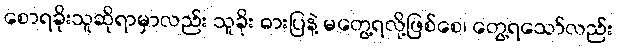
စောရခိုးသူဆိုရာမှာလည်း သူခိုး ဓားပြနဲ့ မတွေ့ရလို့ဖြစ်စေ၊ တွေ့ရသော်လည်း